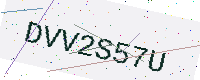
Text: DVV2S57U